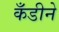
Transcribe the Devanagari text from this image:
कँडीने